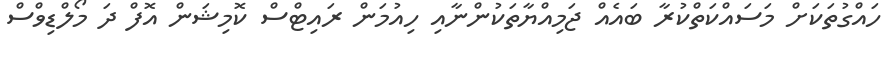
ހައްގުތަކަށް މަސައްކަތްކުރާ ބައެއް ޖަމިއްޔާތަކުންނާއި ހިއުމަން ރައިޓްސް ކޮމިޝަން އޮފް ދަ މޯލްޑިވްސް